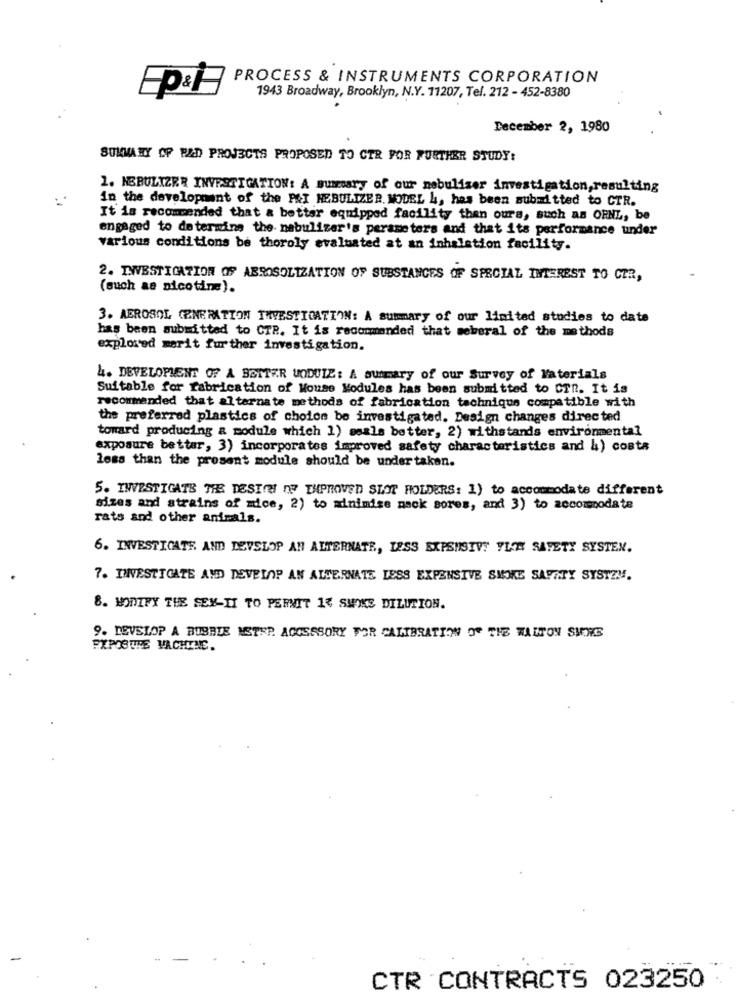
PROCESS & INSTRUMENTS CORPORATION
Ep&H
1943 Broadway, Brooklyn, N.Y. 11207, Tel. 212 - 452-8380
.
December 2, 1980
SUMMARY OF PAD PROJECTS PROPOSED TO CTR FOR FURTHER STUDY:
1. NEBULIZER INVESTIGATION: A summary of our nebulizer investigation, resulting
in the development of the P&I NEBULIZER, MODEL h, has been submitted to CTR.
It is recommended that a better equipped facility than ours, such as ORNL, be
engaged to determine the nebulizer's perameters and that its performance under
various conditions be thoroly evaluated at an inhalation facility.
2. INVESTIGATION OF AEROSOLIZATION OF SUBSTANCES OF SPECIAL INTEREST TO CER,
(such as nicotine).
3. AEROSOL GENERATION TWVESTICATION: A summary of our limited studies to date
has been submitted to CTR. It is recommended that seberal of the methods
explored marit further investigation.
4. DEVELOPMENT OF A BETTER UODUIE: A summary of our Survey of Materials
Suitable for fabrication of House Modules has been submitted to CTR. It is
recommended that alternate methods of fabrication technique compatible with
the preferred plastics of choice be investigated. Design changes directed
toward producing & module which 1) seals better, 2) withstands environmental
exposure bettar, 3) incorporates improved safety characteristics and 4) costa
less than the prosent module should be under taken.
5. INVESTIGATE THE DESIGN OF THPROVED SLOT HOLDERS: 1) to accommodate different
sizes and strains of mice, 2) to adnimise mack sores, and 3) to accommodate
rats and other animals.
6. INVESTICATE AND DEVELOP AN ALTERNATE, LESS EXPENSIVE YLE SAFETY SYSTEM.
7. IINVESTIGATE AND DEVELOP AN ALTERNATE LESS EXPENSIVE SMOKE SAPATY SYSTEM.
8. MODIFY THE SEX-II TO PERMIT 13 SMOINS DILUTION.
9. DEVELOP A BUBBLE METSP. ACOSSSORY FOR CALIBRATION OF THE WALTON SHORE
EXPOSURE MACHINE.
CTR CONTRACTS 023250